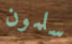
سلمون